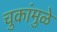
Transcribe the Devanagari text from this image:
चुकांमुळे